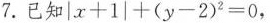
7.已知|$$| x + 1 | + ( y - 2 ) ^ { 2 } = 0$$ ，